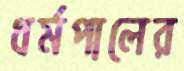
ধর্মপালের